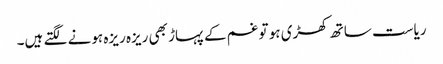
ریاست ساتھ کھڑی ہو تو غم کے پہاڑ بھی ریزہ ریزہ ہونے لگتے ہیں۔